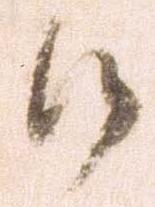
候